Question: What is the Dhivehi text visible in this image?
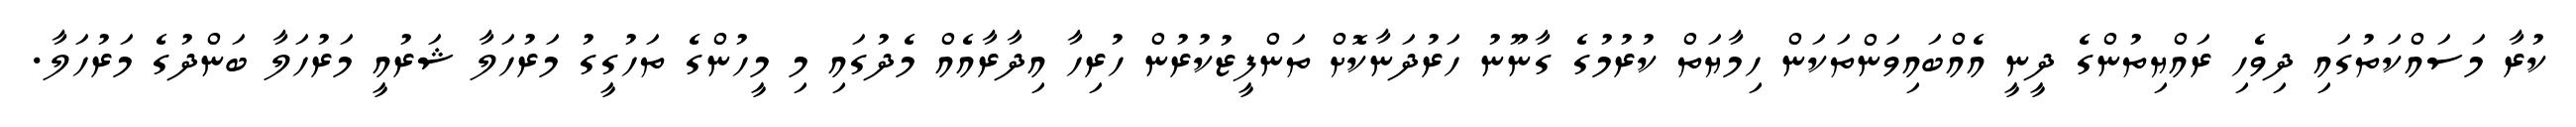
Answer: ކުރާ މަސައްކަތުގައި ދިވެހި ރައްޔިތުންގެ ދީނީ އެއްބައިވަންތަކަން ހިމާޔަތް ކުރުމުގެ ގާނޫނު ހަރުދަނާކޮށް ތަންފީޒުކުރުން ހުރިހާ އިދާރާއެއް މެދުގައި މި މީހުންގެ ތަހުގީގު މަރުހަލާ ޝަރުއީ މަރުހަލާ ބަންދުގެ މަރުހަލާ.